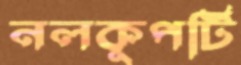
নলকূপটি